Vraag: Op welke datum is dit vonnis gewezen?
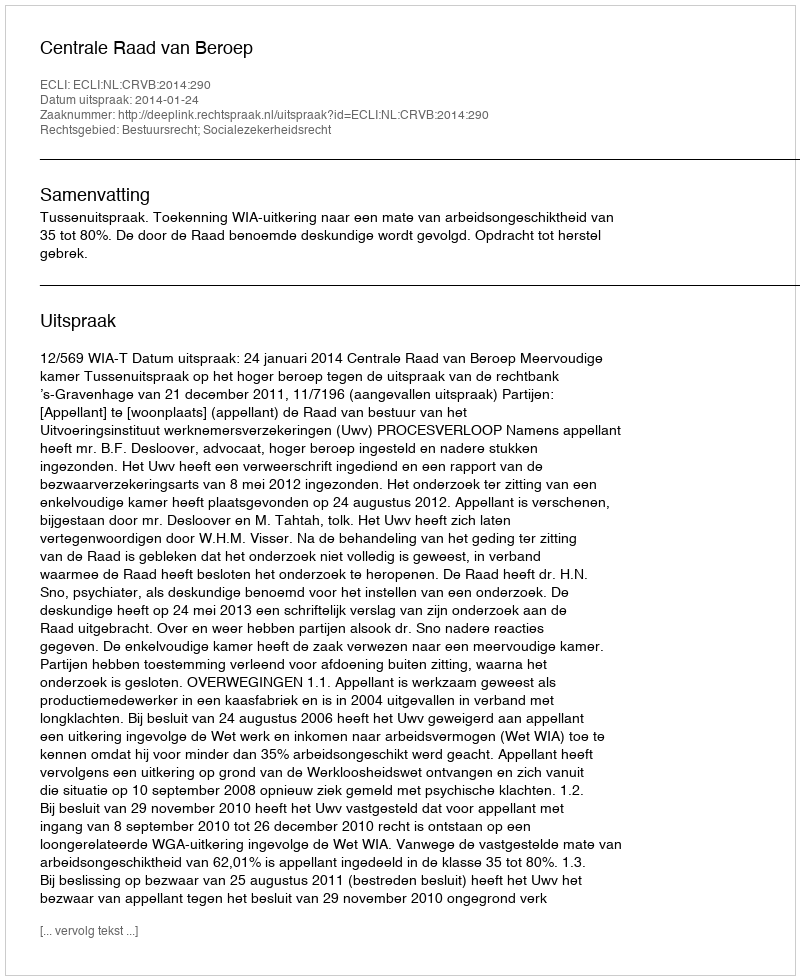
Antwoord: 2014-01-24